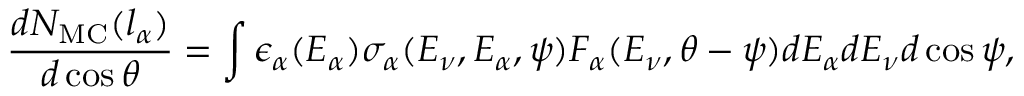
{ \frac { d N _ { \mathrm { M C } } ( l _ { \alpha } ) } { d \cos \theta } } = \int \epsilon _ { \alpha } ( E _ { \alpha } ) \sigma _ { \alpha } ( E _ { \nu } , E _ { \alpha } , \psi ) F _ { \alpha } ( E _ { \nu } , \theta - \psi ) d E _ { \alpha } d E _ { \nu } d \cos \psi ,